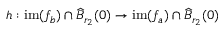
h : \mathrm { i m } ( f _ { b } ) \cap \widehat { B } _ { r _ { 2 } } ( 0 ) \to \mathrm { i m } ( f _ { a } ) \cap \widehat { B } _ { r _ { 2 } } ( 0 )